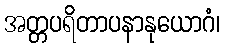
အတ္တပရိတာပနာနုယောဂံ၊